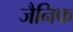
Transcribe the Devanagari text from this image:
जैनिफ